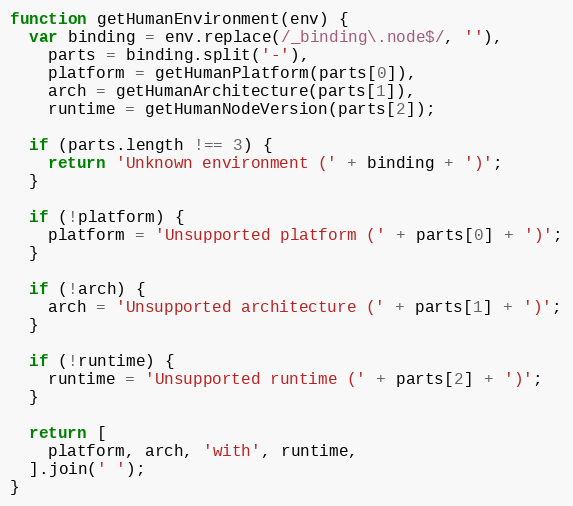
Language: JavaScript
function getHumanEnvironment(env) {
  var binding = env.replace(/_binding\.node$/, ''),
    parts = binding.split('-'),
    platform = getHumanPlatform(parts[0]),
    arch = getHumanArchitecture(parts[1]),
    runtime = getHumanNodeVersion(parts[2]);

  if (parts.length !== 3) {
    return 'Unknown environment (' + binding + ')';
  }

  if (!platform) {
    platform = 'Unsupported platform (' + parts[0] + ')';
  }

  if (!arch) {
    arch = 'Unsupported architecture (' + parts[1] + ')';
  }

  if (!runtime) {
    runtime = 'Unsupported runtime (' + parts[2] + ')';
  }

  return [
    platform, arch, 'with', runtime,
  ].join(' ');
}